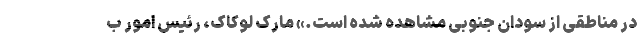
در مناطقی از سودان جنوبی مشاهده شده است.» مارک لوکاک، رئیس امور ب